Newspaper: Mineral Point weekly tribune.
Place of publication: Mineral Point, Wis.
Publisher: Geo. W. Bliss & Ed. U. Bliss
Date: 1860-02-07 00:00:00
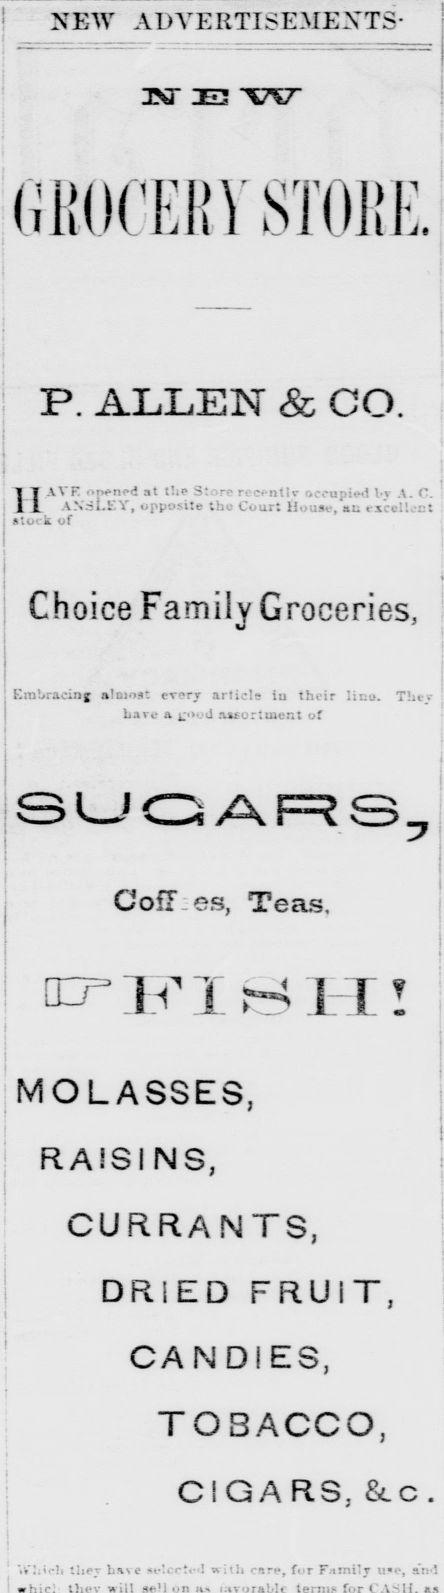
Advertisement text (OCR):
NEW ADVERTISEMENTS* IN' ZE3 "W GROCER V STOKE. P. ALLEN & CO. UAVF opened at the Store recently occupied bv A. C. ANSLEY, opposite the Court House, au rxctllect stock of . Choice Family Groceries, Embracing atcioat *v<?rj article iu their li; j. Tht/ Lave a *;. j assortment of SUGARS, CofT es, Teas. err I T I HU! MOLASSES, RAISINS, CURRANTS, DRIED FRUIT, CANDIES, TOBACCO, CIGARS, &o. ■*!* they base select**'! with care, for F.tmily use, art !
Label: text-only